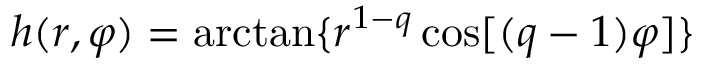
h ( r , \varphi ) = \arctan \{ r ^ { 1 - q } \cos [ ( q - 1 ) \varphi ] \}